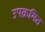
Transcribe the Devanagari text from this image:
उपक्रमित